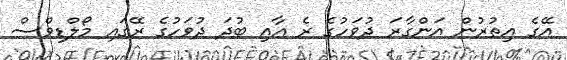
އޭގެ އިތުރުން އަންގާރަ ދުވަހުގެ ރެ އާއި ބުދަ ދުވަހުގެ ރޭގައި މޯލްޑިވްސް